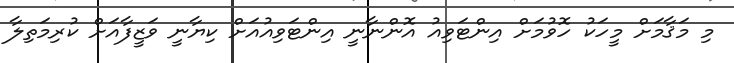
މި މަޤާމަށް މީހަކު ހޮވުމަށް އިންޓަވިއު އޮންނާނީ އިންޓަވިއުއަށް ކިޔާނީ ވަޒީފާއަށް ކުރިމަތިލާ